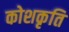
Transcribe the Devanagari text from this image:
कोशकृति